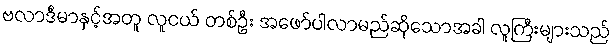
ဗလာဒီမာနှင့်အတူ လူငယ် တစ်ဦး အဖော်ပါလာမည်ဆိုသောအခါ လူကြီးများသည်